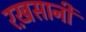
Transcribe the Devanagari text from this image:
रख़सानी